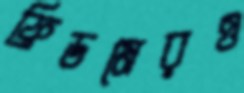
ফ্রিডমেরও